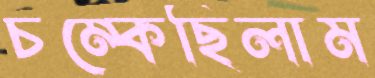
চম্‌কেছিলাম